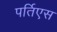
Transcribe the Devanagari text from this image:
पर्तिएस